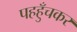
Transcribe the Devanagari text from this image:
पहहुँचकर